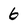
Character: 6